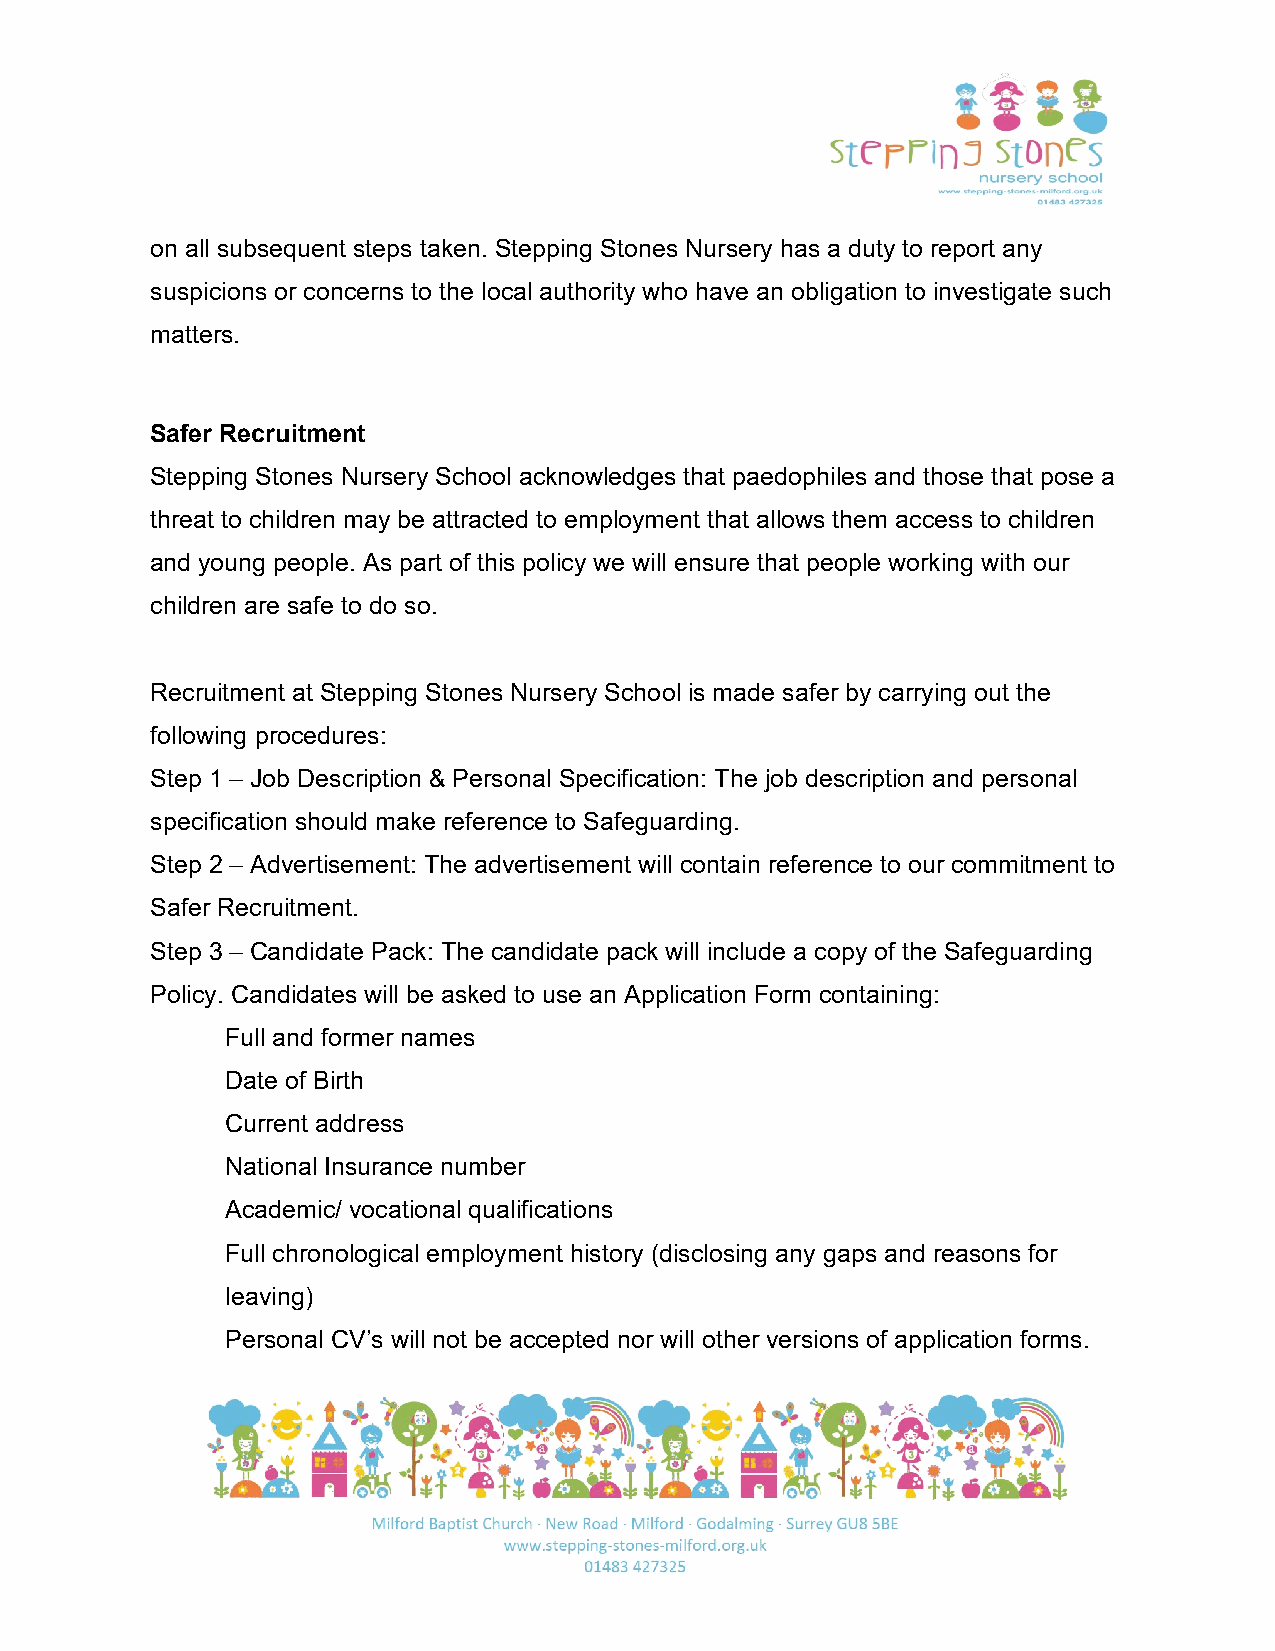
on all subsequent steps taken. Stepping Stones Nursery has a duty to report any
 suspicions or concerns to the local authority who have an obligation to investigate such
 matters.
 Safer Recruitment
 Stepping Stones Nursery School acknowledges that paedophiles and those that pose a
 threat to children may be attracted to employment that allows them access to children
 and young people. As part of this policy we will ensure that people working with our
 children are safe to do so.
 Recruitment at Stepping Stones Nursery School is made safer by carrying out the
 following procedures:
 Step 1 – Job Description & Personal Specification: The job description and personal
 specification should make reference to Safeguarding.
 Step 2 – Advertisement: The advertisement will contain reference to our commitment to
 Safer Recruitment.
 Step 3 – Candidate Pack: The candidate pack will include a copy of the Safeguarding
 Policy. Candidates will be asked to use an Application Form containing:
 Full and former names
 Date of Birth
 Current address
 National Insurance number
 Academic/ vocational qualifications
 Full chronological employment history (disclosing any gaps and reasons for
 leaving)
 Personal CV’s will not be accepted nor will other versions of application forms.